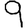
Digit: 9